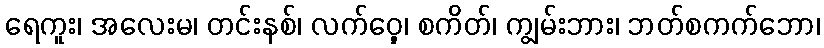
ရေကူး၊ အလေးမ၊ တင်းနစ်၊ လက်ဝှေ့၊ စကိတ်၊ ကျွမ်းဘား၊ ဘတ်စကက်ဘော၊